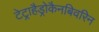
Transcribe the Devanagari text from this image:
टेट्राहैड्रोकैनबिवरिन